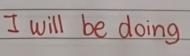
I will be doing